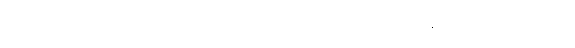
ပုစ္ဆိတော၊ မေးအပ်၏။ တံ၊ ထိုမေးအပ်သော ပြဿနာကို။ န အက္ခာသိ၊ မဖြေ။